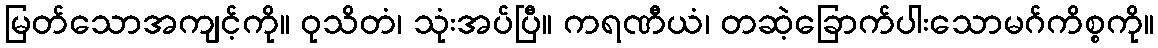
မြတ်သောအကျင့်ကို။ ဝုသိတံ၊ သုံးအပ်ပြီ။ ကရဏီယံ၊ တဆဲ့ခြောက်ပါးသောမဂ်ကိစ္စကို။